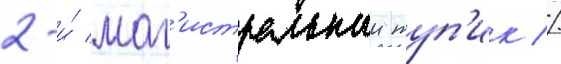
2-и́ маг'истральныи туп'ик //